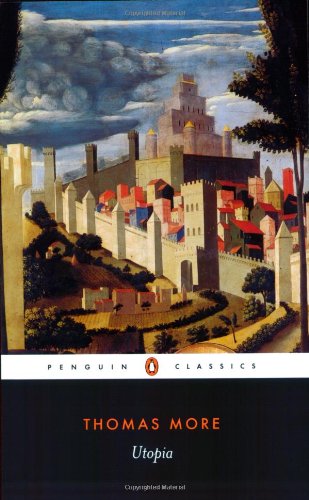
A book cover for Utopia (Penguin Classics); Thomas More; Politics & Social Sciences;